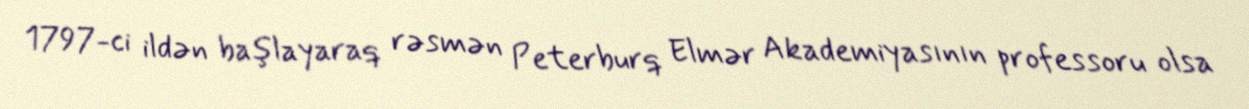
1797-ci ildən başlayaraq rəsmən Peterburq Elmər Akademiyasının professoru olsa